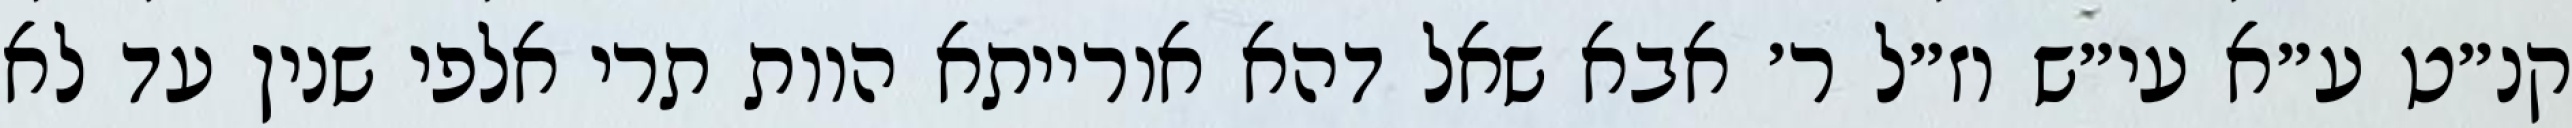
קנ״ט ע״א עי״ש וז״ל ר׳ אבא שאל דהא אורייתא הוות תרי אלפי שנין עד לא